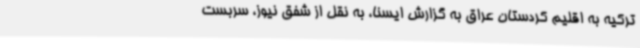
ترکیه به اقلیم کردستان عراق به گزارش ایسنا، به نقل از شفق نیوز، سربست